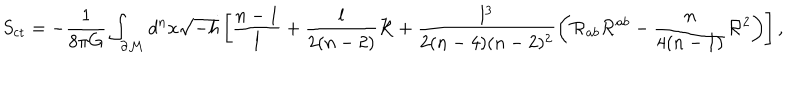
S _ { \mathrm { c t } } = - \frac { 1 } { 8 \pi G } \int _ { \cal \partial M } d ^ { n } x \sqrt { - h } \left[ \frac { n - 1 } { l } + \frac { l } { 2 ( n - 2 ) } { \cal R } + \frac { l ^ { 3 } } { 2 ( n - 4 ) ( n - 2 ) ^ { 2 } } \left( { \cal R } _ { a b } { \cal R } ^ { a b } - \frac { n } { 4 ( n - 1 ) } { \cal R } ^ { 2 } \right) \right] ,